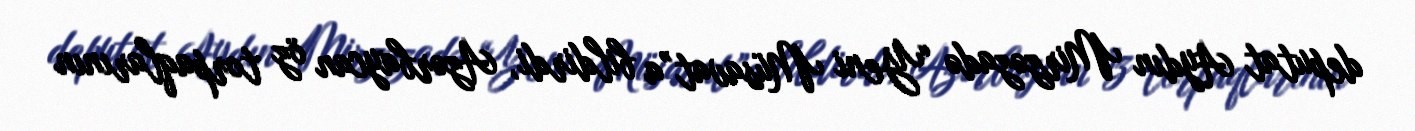
deputat Aydın Mirzəzadə “Yeni Müsavat”a bildirdi, Azərbaycan öz torpaqlarının